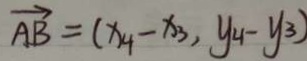
\overrightarrow { A B } = ( x _ { 4 } - x _ { 3 } , y _ { 4 } - y _ { 3 } )